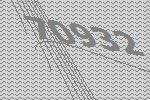
70932